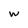
Character: w